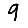
Digit: 9